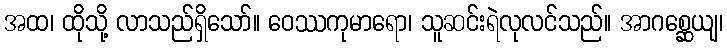
အထ၊ ထိုသို့ လာသည်ရှိသော်။ ဝေဿကုမာရော၊ သူဆင်းရဲလုလင်သည်။ အာဂစ္ဆေယျ၊